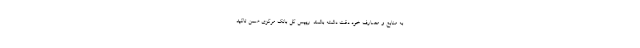
به منابع و مصارف خود دقت داشته باشند. رییس کل بانک مرکزی ضمن تاکید